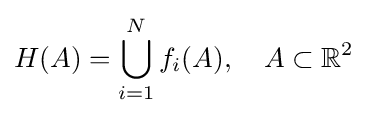
H(A)=\bigcup _{i=1}^{N}f_{i}(A),\quad A\subset \mathbb {R} ^{2}